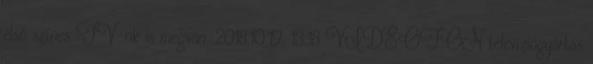
első színes TV-nk is megvan. 2018.10.19. 13:18 VIDEOTON televíziógyártás